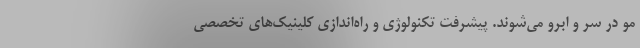
مو در سر و ابرو می‌شوند. پیشرفت تکنولوژی و راه‌اندازی کلینیک‌های تخصصی